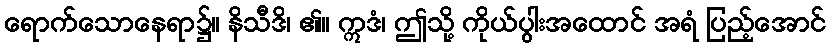
ရောက်သောနေရာ၌။ နိသီဒိ၊ ၏။ ဣဒံ၊ ဤသို့ ကိုယ်ပွါးအထောင် အရံ ပြည့်အောင်